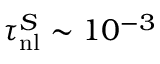
\tau _ { \mathrm { n l } } ^ { S } \sim 1 0 ^ { - 3 }